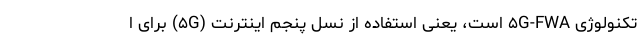
تکنولوژی ۵G-FWA است، یعنی استفاده از نسل پنجم اینترنت (۵G) برای ا